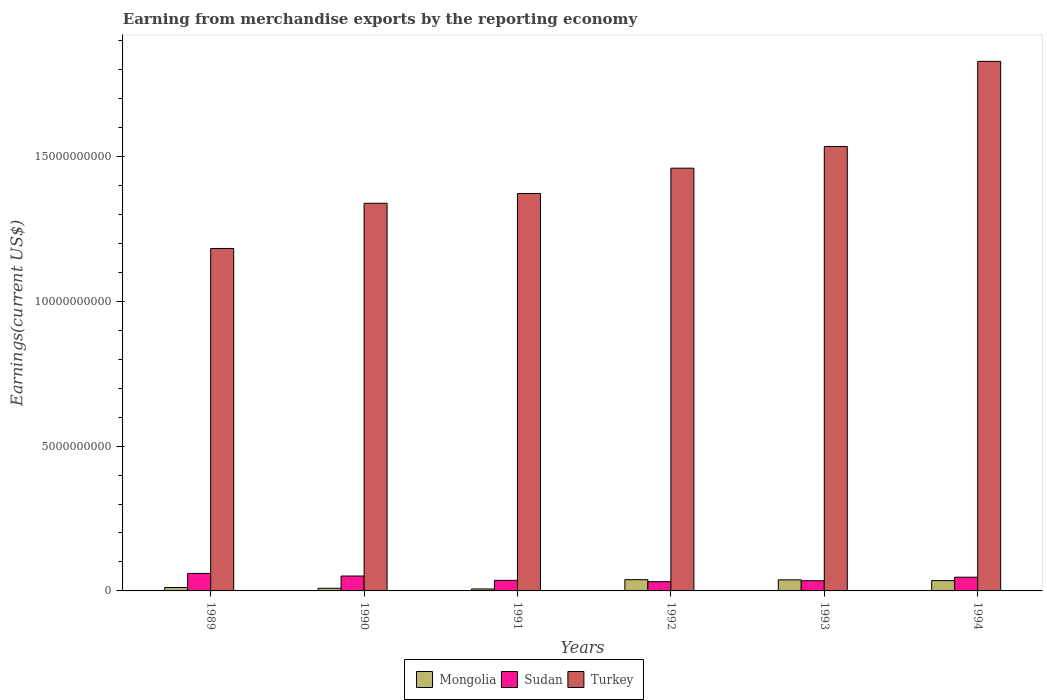
| Years | Mongolia | Sudan | Turkey |
 | --- | --- | --- | --- |
 | 1989 | 1.17e+08 | 6.04e+08 | 1.18e+10 |
 | 1990 | 9.08e+07 | 5.15e+08 | 1.34e+10 |
 | 1991 | 6.74e+07 | 3.66e+08 | 1.37e+10 |
 | 1992 | 3.88e+08 | 3.2e+08 | 1.46e+10 |
 | 1993 | 3.83e+08 | 3.52e+08 | 1.53e+10 |
 | 1994 | 3.56e+08 | 4.74e+08 | 1.83e+10 |